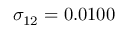
\sigma _ { 1 2 } = 0 . 0 1 0 0